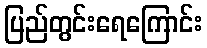
ပြည်တွင်းရေကြောင်း